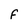
Character: F